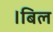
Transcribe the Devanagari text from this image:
।बिल